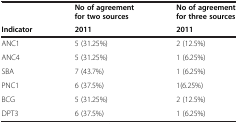
|  | No of agreement for two sources | No of agreement for three sources |
 | Indicator | 2011 | 2011 |
 | --- | --- | --- |
 | ANC1 | 5 (31.25%) | 2 (12.5%) |
 | ANC4 | 5 (31.25%) | 1 (6.25%) |
 | SBA | 7 (43.7%) | 1 (6.25%) |
 | PNC1 | 6 (37.5%) | 1(6.25%) |
 | BCG | 5 (31.25%) | 2 (12.5%) |
 | DPT3 | 6 (37.5%) | 1 (6.25%) |